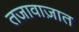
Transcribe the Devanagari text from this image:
तजावाज़ात